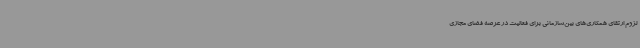
لزوم ارتقای همکاری‌های بین‌سازمانی برای فعالیت در عرصه فضای مجازی